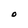
Character: O